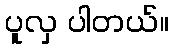
ပူလှ ပါတယ်။